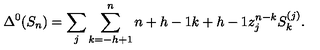
\Delta ^ { 0 } ( S _ { n } ) = \sum _ { j } \sum _ { k = - h + 1 } ^ { n } { \binom { n + h - 1 } { k + h - 1 } } z _ { j } ^ { n - k } S _ { k } ^ { ( j ) } .